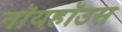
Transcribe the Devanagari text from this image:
नॉयहॉउस